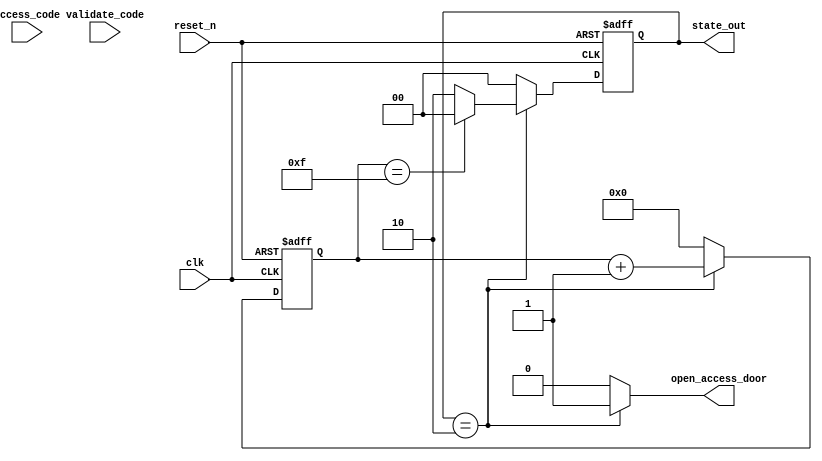
module fsm1(
    input clk,
    input reset_n,
    input validate_code,
    input [3:0] access_code, // 4 bit metro access code
    output reg open_access_door,
    output [1:0] state_out // used for debug
);

// declare the state values as parameters
    parameter [3:0]     IDLE = 2'b0,
                        CHECK_CODE = 2'b0,
                        ACCESS_GRANTED = 2'b10;

    reg [1:0] state;
    reg [1:0] next_state;
    
    reg [3:0] timer;

    always @(*) begin
        next_state = IDLE; // default value
        open_access_door = 0; // door is closed for unkwown behavior
        case(state)

        IDLE: begin
            if(validate_code)
                next_state = CHECK_CODE;
        end

        CHECK_CODE: begin
            if((access_code >= 4'd4) && (access_code <= 4'd11))
            next_state = ACCESS_GRANTED;
        end

        ACCESS_GRANTED: begin
            open_access_door = 1;
            if (timer == 4'hF)
                next_state = IDLE;
            else
            next_state = ACCESS_GRANTED;
        end

        default: next_state = IDLE;
        endcase
        
    end

    always @(posedge clk or negedge reset_n) begin
        if(!reset_n)
            state <= IDLE;
        else
            state <= next_state;
    end

    assign state_out = state;

    always @ (posedge clk or negedge reset_n) begin
        if(!reset_n)
            timer <= 0;
        else if(state == ACCESS_GRANTED)
            timer <= timer + 1'b1;
        else
            timer <= 0;
    end 
    
endmodule